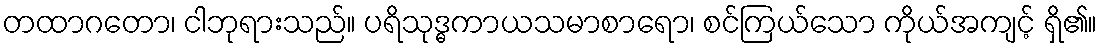
တထာဂတော၊ ငါဘုရားသည်။ ပရိသုဒ္ဓကာယသမာစာရော၊ စင်ကြယ်သော ကိုယ်အကျင့် ရှိ၏။